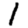
Digit: 1